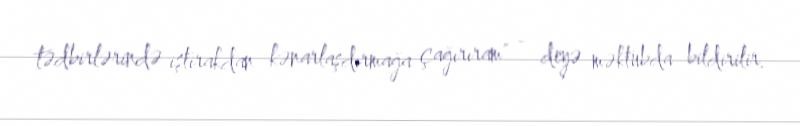
tədbirlərində iştirakdan kənarlaşdırmağa çağırıram" - deyə məktubda bildirilir.